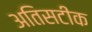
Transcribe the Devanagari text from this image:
अतिसटीक